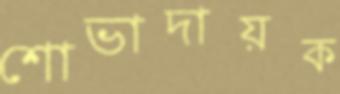
শোভাদায়ক